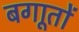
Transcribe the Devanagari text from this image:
बगाूतों